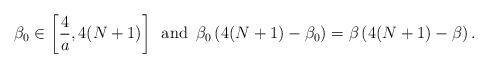
LaTeX: \begin{align*}\beta_0\in\left[\frac{4}{a},4(N+1) \right] \, \mbox{ and } \, \beta_0\left(4(N+1)-\beta_0\right)=\beta\left(4(N+1)-\beta\right).\end{align*}